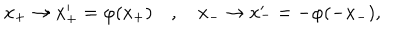
x _ { + } \to x _ { + } ^ { \prime } = \varphi ( x _ { + } ) \quad , \quad x _ { - } \to x _ { - } ^ { \prime } = - \varphi ( - x _ { - } ) ,